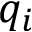
q _ { i }